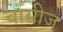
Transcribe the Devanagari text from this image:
चासीज